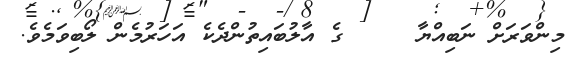
މިންވަރަށް ނަބިއްޔާ     ގެ އާލުބައިތުންދެކެ އަހަރުމެން ލޯބިވަމެވެ.